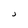
Character: j